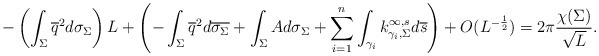
\begin{align*}-\left(\int_{\Sigma}\overline{q}^2d\sigma_\Sigma\right)L+\left(-\int_{\Sigma}\overline{q}^2d\overline{\sigma_\Sigma}+\int_{\Sigma}Ad\sigma_\Sigma+\sum_{i=1}^n\int_{\gamma_i}k^{\infty,s}_{\gamma_i,\Sigma}d\overline{s}\right)+O(L^{-\frac{1}{2}})=2\pi\frac{\chi(\Sigma)}{\sqrt{L}}.\end{align*}